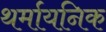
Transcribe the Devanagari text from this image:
थर्मायनिक